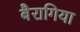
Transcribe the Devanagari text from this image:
बैरागिया